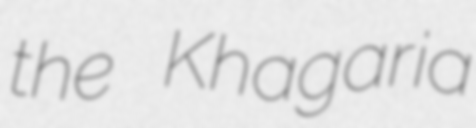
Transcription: the Khagaria